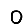
Digit: 0